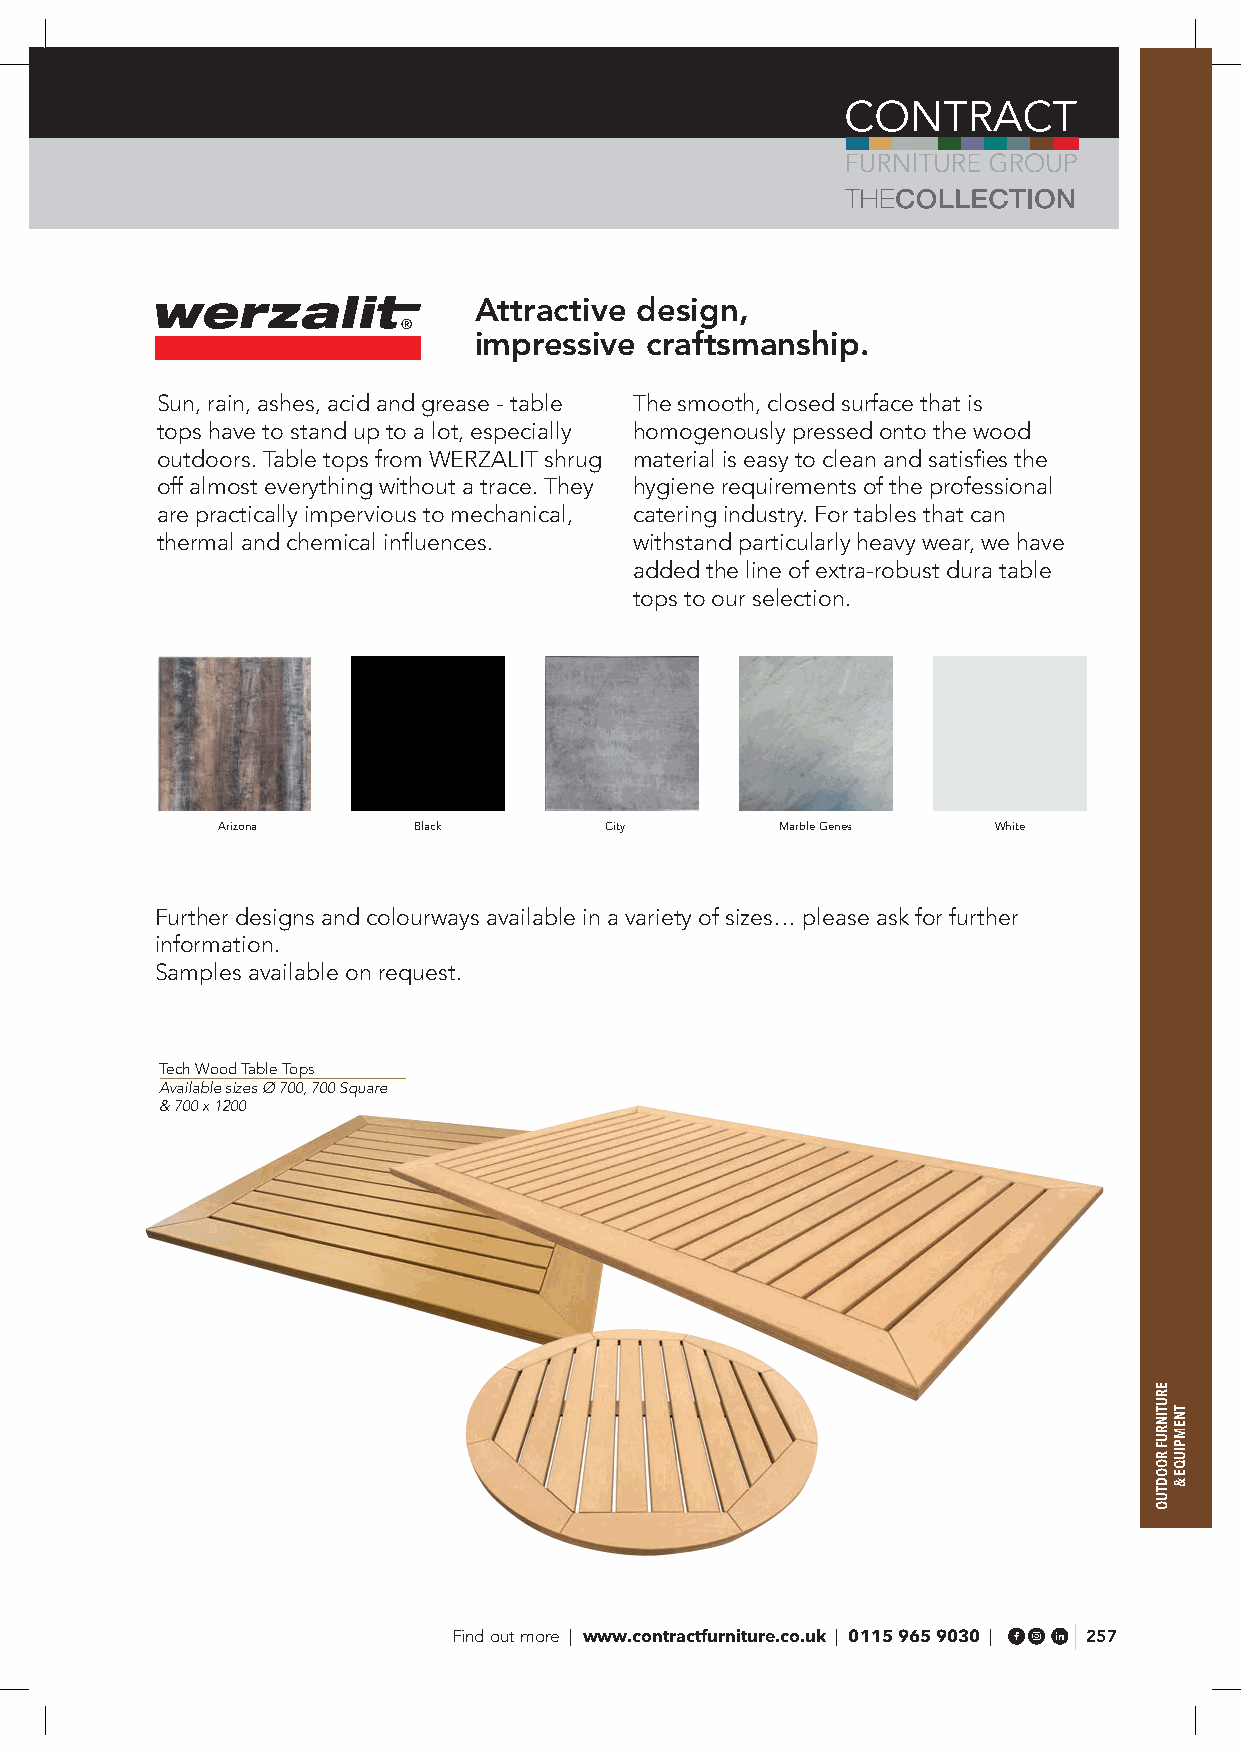
Attractive design,
 impressive  craftsmanship.
 Sun, rain, ashes, acid and grease - table The smooth, closed surface that is
 tops have to stand up to a lot, especially homogenously pressed onto the wood
 outdoors. Table tops from WERZALIT shrug material is easy to clean and satisfies the
 off almost everything without a trace. They hygiene requirements of the professional
 are practically impervious to mechanical, catering industry. For tables that can
 thermal and chemical influences. withstand particularly heavy wear, we have
 added the line of extra-robust dura table
 tops to our selection.
 Arizona      Black        City        Marble Genes  White
 Further designs and colourways available in a variety of sizes… please ask for further
 information.
 Samples available on request.
 Tech Wood Table Tops
 Available sizes Ø 700, 700 Square
 & 700 x 1200
 Find out more | www.contractfurniture.co.uk | 0115 965 9030 | 257
 ERUTINRUF
 ROODTUO
 TNEMPIUQE
 &